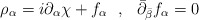
\begin{align*}\rho_\alpha = i \partial_\alpha \chi + f_\alpha \ \ , \ \ \bar \partial_{\bar\beta} f_\alpha=0\end{align*}